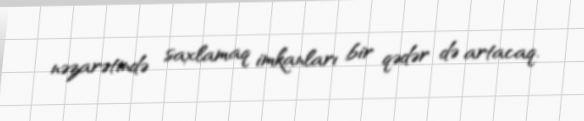
nəzarətində saxlamaq imkanları bir qədər də artacaq.